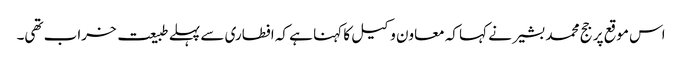
اس موقع پر جج محمد بشیر نے کہا کہ معاون وکیل کا کہنا ہے کہ افطاری سے پہلے طبیعت خراب تھی۔